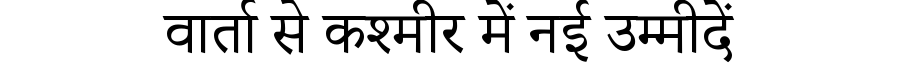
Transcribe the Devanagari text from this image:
वार्ता से कश्मीर में नई उम्मीदें